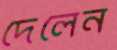
দেলেন